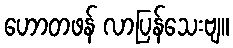
ဟောတဖန် လာပြန်သေးဗျ။